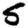
Digit: 5